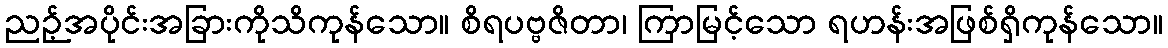
ညဉ့်အပိုင်းအခြားကိုသိကုန်သော။ စိရပဗ္ဗဇိတာ၊ ကြာမြင့်သော ရဟန်းအဖြစ်ရှိကုန်သော။